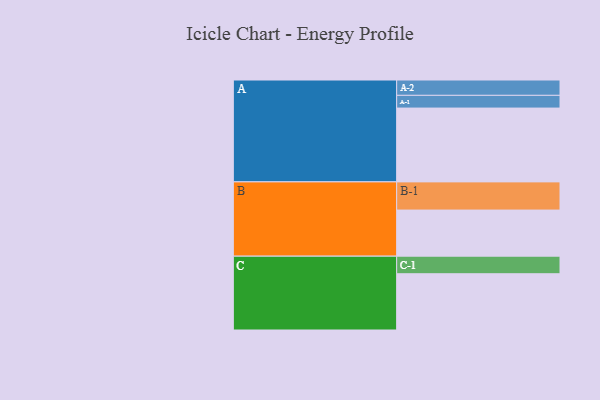
{"axis": {"x": "Segment", "y": "Value"}, "legend": ["", "A", "B", "C"], "data": [{"x": "A", "y": 597, "type": ""}, {"x": "B", "y": 373, "type": ""}, {"x": "C", "y": 455, "type": ""}, {"x": "A-1", "y": 103, "type": "A"}, {"x": "A-2", "y": 124, "type": "A"}, {"x": "B-1", "y": 228, "type": "B"}, {"x": "C-1", "y": 142, "type": "C"}]}